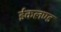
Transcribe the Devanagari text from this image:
ईकलण्ड